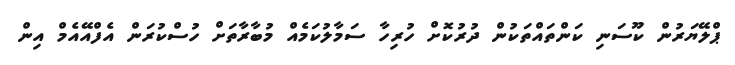
ޕްލޭޔަރުން ކޫސަނި ކަންތައްތަކުން ދުރުކޮށް ހުރިހާ ސަމާލުކަމެއް މުބާރާތަށް ހުސްކުރަން އެފްއޭއެމް އިން